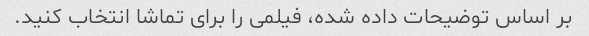
بر اساس توضیحات داده شده، فیلمی را برای تماشا انتخاب کنید.